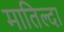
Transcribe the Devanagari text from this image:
मातिल्दा